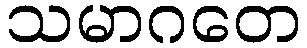
သမာဂတေ